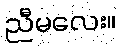
ညီမလေး။